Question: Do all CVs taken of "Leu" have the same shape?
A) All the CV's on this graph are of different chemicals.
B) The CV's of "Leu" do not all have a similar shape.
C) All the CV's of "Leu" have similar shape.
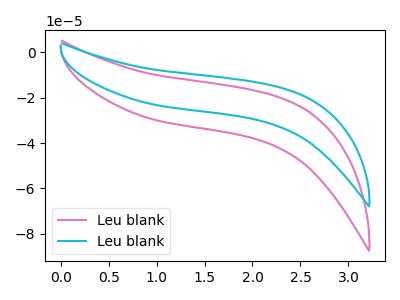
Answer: <think>The pink curve "Leu blank1" has no peaks. The cyan curve "Leu blank2" has no peaks.
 Neither "Leu blank1" or "Leu blank2" have any peaks.</think>
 <answer>C) All the CV's of "Leu" have similar shape.</answer>
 <eval>C</eval>